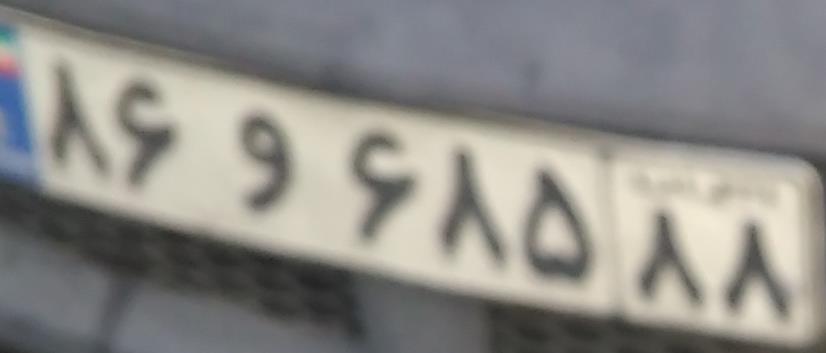
۸۶و۶۸۵۸۸